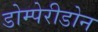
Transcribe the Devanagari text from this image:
डोम्पेरीडोन